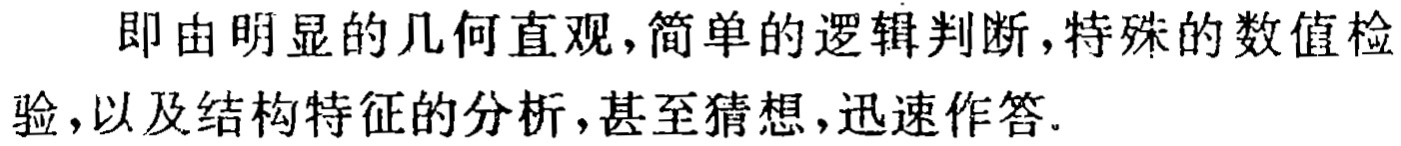
即由明显的几何直观,简单的逻辑判断,特殊的数值检验,以及结构特征的分析,甚至猜想,迅速作答.